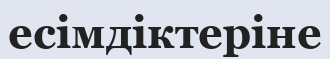
есімдіктеріне